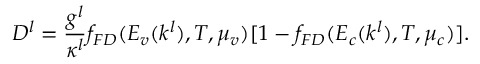
D _ { } ^ { l } = \frac { g ^ { l } } { \kappa ^ { l } } f _ { F D } ( E _ { v } ( k ^ { l } ) , T , \mu _ { v } ) [ 1 - f _ { F D } ( E _ { c } ( k ^ { l } ) , T , \mu _ { c } ) ] .